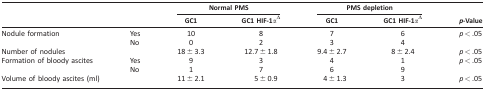
<table><thead><tr><td></td><td></td><td colspan="2"><b>Normal PMS</b></td><td colspan="2"><b>PMS depletion</b></td><td rowspan="2"><b><i>p</i>-Value</b></td></tr><tr><td></td><td></td><td><b>GC1</b></td><td><b>GC1 HIF-1α<sup>Δ</sup></b></td><td><b>GC1</b></td><td><b>GC1 HIF-1α<sup>Δ</sup></b></td></tr></thead><tbody><tr><td>Nodule formation</td><td>Yes</td><td>10</td><td>8</td><td>7</td><td>6</td><td><i>p</i> &lt; .05</td></tr><tr><td></td><td>No</td><td>0</td><td>2</td><td>3</td><td>4</td><td></td></tr><tr><td>Number of nodules</td><td></td><td>18 ± 3.3</td><td>12.7 ± 1.8</td><td>9.4 ± 2.7</td><td>8 ± 2.4</td><td><i>p</i> &lt; .05</td></tr><tr><td>Formation of bloody ascites</td><td>Yes</td><td>9</td><td>3</td><td>4</td><td>1</td><td><i>p</i> &lt; .05</td></tr><tr><td></td><td>No</td><td>1</td><td>7</td><td>6</td><td>9</td><td></td></tr><tr><td>Volume of bloody ascites (ml)</td><td></td><td>11 ± 2.1</td><td>5 ± 0.9</td><td>4 ± 1.3</td><td>3</td><td><i>p</i> &lt; .05</td></tr></tbody></table>